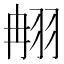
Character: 䎃